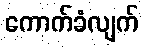
ကောက်ခံလျက်